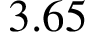
3 . 6 5